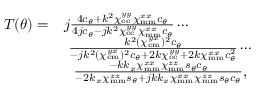
\begin{array} { r l } { T ( \theta ) = } & { j \frac { 4 c _ { \theta } + k ^ { 2 } \chi _ { \mathrm { e e } } ^ { y y } \chi _ { \mathrm { m m } } ^ { x x } c _ { \theta } } { 4 j c _ { \theta } - j k ^ { 2 } \chi _ { \mathrm { e e } } ^ { y y } \chi _ { \mathrm { m m } } ^ { x x } c _ { \theta } } \cdots } \\ & { \ \frac { k ^ { 2 } ( \chi _ { \mathrm { e m } } ^ { y x } ) ^ { 2 } c _ { \theta } } { - j k ^ { 2 } ( \chi _ { \mathrm { e m } } ^ { y x } ) ^ { 2 } c _ { \theta } + 2 k \chi _ { \mathrm { e e } } ^ { y y } + 2 k \chi _ { \mathrm { m m } } ^ { x x } c _ { \theta } ^ { 2 } } \cdots } \\ & { \ \ \frac { - k k _ { x } \chi _ { \mathrm { m m } } ^ { x x } \chi _ { \mathrm { m m } } ^ { z z } s _ { \theta } c _ { \theta } } { - 2 k _ { x } \chi _ { \mathrm { m m } } ^ { z z } s _ { \theta } + j k k _ { x } \chi _ { \mathrm { m m } } ^ { x x } \chi _ { \mathrm { m m } } ^ { z z } s _ { \theta } c _ { \theta } } , } \end{array}